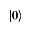
| 0 \rangle